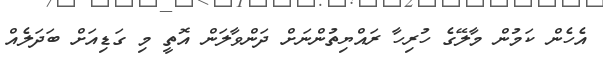
އެހެން ކަމުން މާލޭގެ ހުރިހާ ރައްޔިތުންނަށް ދަންވާލަން އޮތީ މި ގަޑިއަށް ބަަދަލެއް